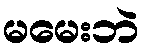
မမေးဘဲ